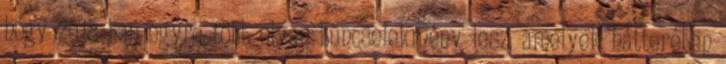
hogy 2018-ban egyre több olyan bűncselekmény lesz, amelyek hátterében